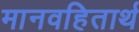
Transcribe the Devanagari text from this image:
मानवहितार्थ